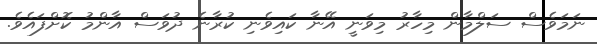
ނަމަވެސް ސަލްމާން މިހާރު މިވަނީ އޭނާ ކައިވެނި ކުރާނެ ދުވަސް އާންމު ކޮށްފައެވެ.